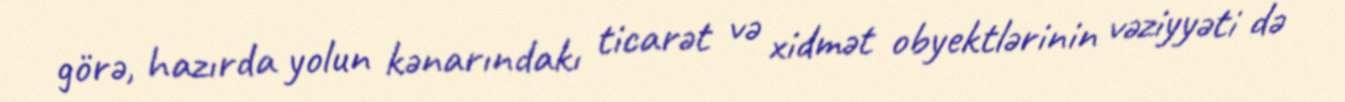
görə, hazırda yolun kənarındakı ticarət və xidmət obyektlərinin vəziyyəti də